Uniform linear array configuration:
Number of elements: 4
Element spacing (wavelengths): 0.25
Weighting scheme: kaiser
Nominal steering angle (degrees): -15
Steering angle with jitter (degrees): -14.288
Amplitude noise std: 0.05
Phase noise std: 0.05

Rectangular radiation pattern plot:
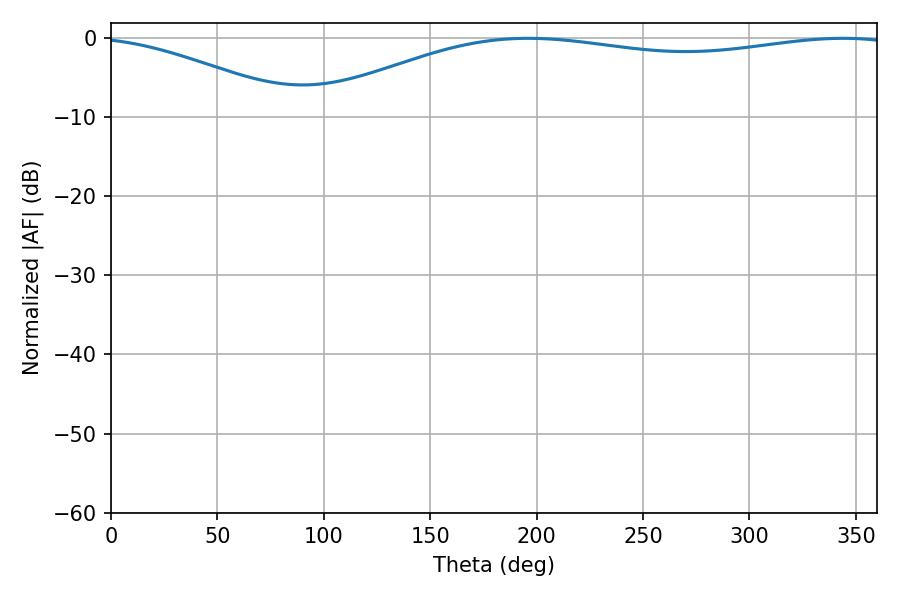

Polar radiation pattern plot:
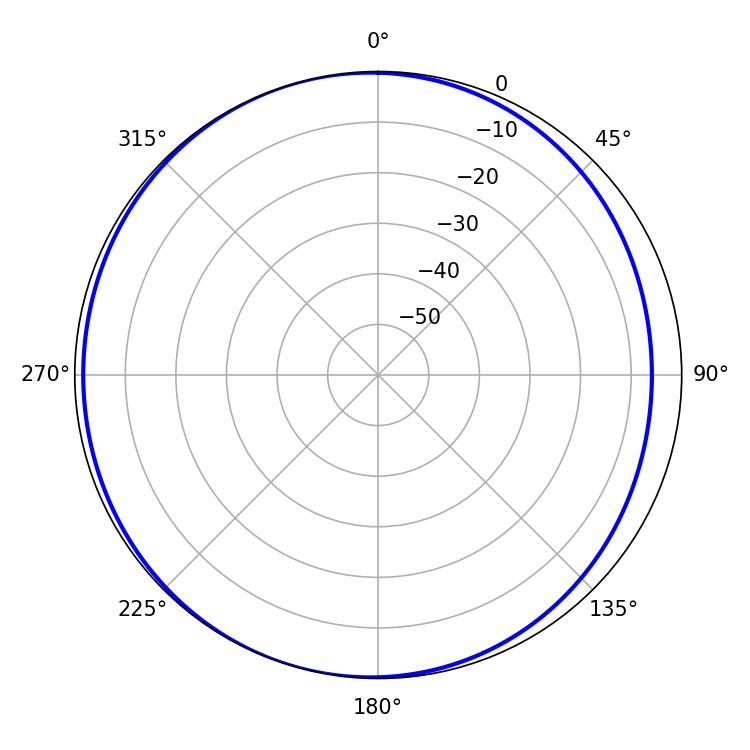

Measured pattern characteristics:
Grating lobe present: FALSE
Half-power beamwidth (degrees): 222.3
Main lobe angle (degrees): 196.02